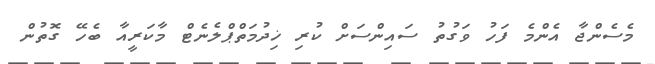
މެސެންޖާ އެންމެ ފަހު ވަގުތު ސައިންސަށް ކުރި ޚިދުމަތްޕްލެނެޓް މާކަރީއާ ބެހޭ ގޮތުން